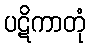
ပဋိကာတုံ